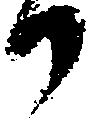
候